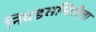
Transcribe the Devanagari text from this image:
निवडसमितीला